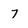
Character: 7